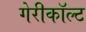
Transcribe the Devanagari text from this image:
गेरीकॉल्ट